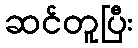
ဆင်တူပြီး